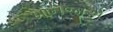
ખાનજીએ